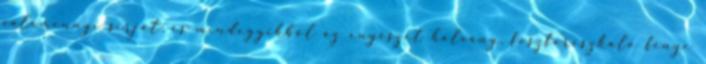
valamennyi sírját; és mindegyikből az enyészet halvány, foszforeszkáló fénye